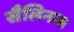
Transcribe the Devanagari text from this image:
सैलिनास